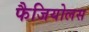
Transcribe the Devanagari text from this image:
फैजियोलस